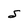
Character: S